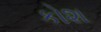
કોશ